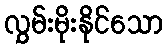
လွှမ်းမိုးနိုင်သော